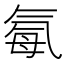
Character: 𪵥